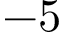
- 5